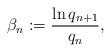
LaTeX: \begin{align*}\beta_n:=\frac{\ln q_{n+1}}{q_n},\end{align*}